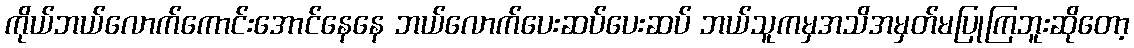
ကိုယ်ဘယ်လောက်ကောင်းအောင်နေနေ ဘယ်လောက်ပေးဆပ်ပေးဆပ် ဘယ်သူကမှအသိအမှတ်မပြုကြဘူးဆိုတော့